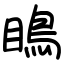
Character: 瞗